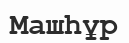
Машһұр